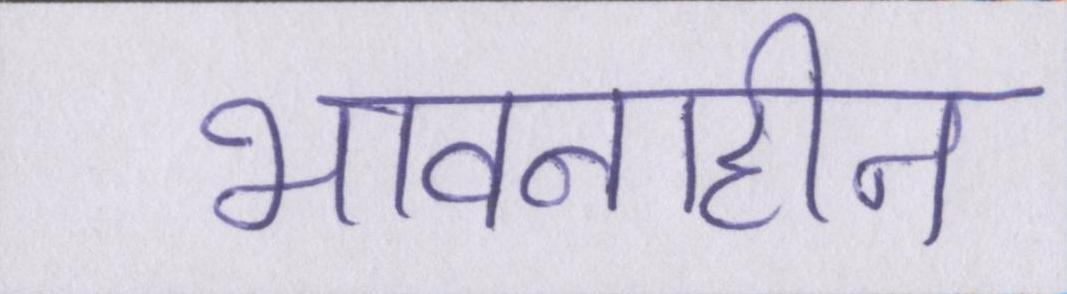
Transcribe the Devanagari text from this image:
भावनाहीन